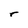
Character: r